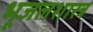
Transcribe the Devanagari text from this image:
भूजलशास्त्र